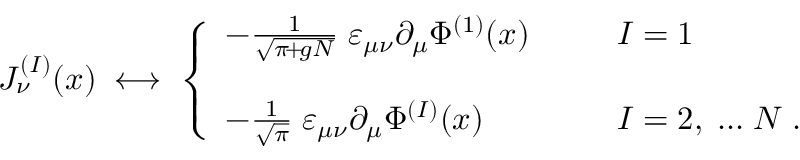
J _ { \nu } ^ { ( I ) } ( x ) \; \longleftrightarrow \; \left\{ \begin{array} { l l } { { - \frac { 1 } { \sqrt { \pi \! + \! g N } } \; \varepsilon _ { \mu \nu } \partial _ { \mu } \Phi ^ { ( 1 ) } ( x ) \; \; \; \; \; \; } } & { { I = 1 } } \\ { { \; } } & { { \; } } \\ { { - \frac { 1 } { \sqrt { \pi } } \; \varepsilon _ { \mu \nu } \partial _ { \mu } \Phi ^ { ( I ) } ( x ) \; \; \; \; \; \; } } & { { I = 2 , \; . . . \; N \; . } } \end{array} \right.